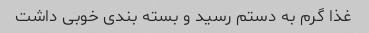
غذا گرم به دستم رسید و بسته بندی خوبی داشت